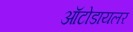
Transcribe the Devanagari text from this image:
ऑटोडायलर